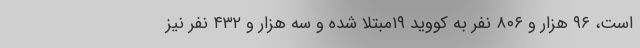
است، ۹۶ هزار و ۸۰۶ نفر به کووید ۱۹مبتلا شده و سه هزار و ۴۳۲ نفر نیز